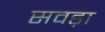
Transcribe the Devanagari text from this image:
सवड़ा